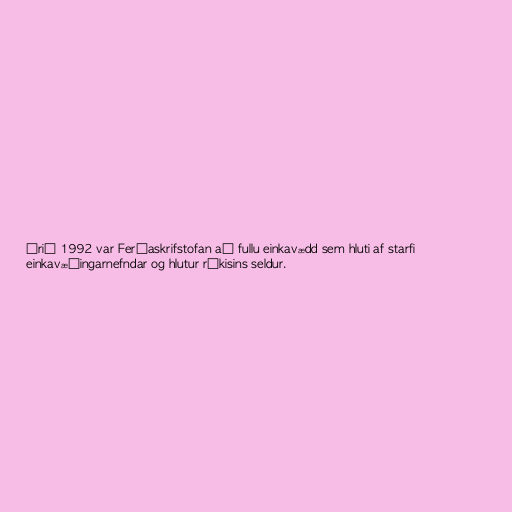
Árið 1992 var Ferðaskrifstofan að fullu einkavædd sem hluti af starfi
einkavæðingarnefndar og hlutur ríkisins seldur.